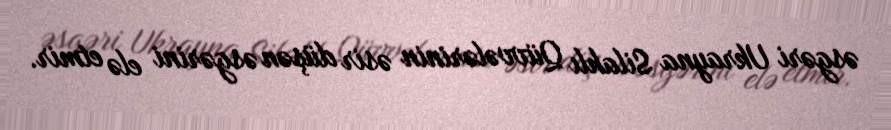
əsgəri Ukrayna Silahlı Qüvvələrinin əsir düşən əsgərini elə etmir.